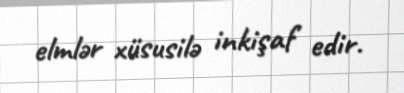
elmlər xüsusilə inkişaf edir.